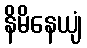
နိမိနေယျံ